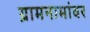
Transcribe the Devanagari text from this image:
ग्रामनामांवर